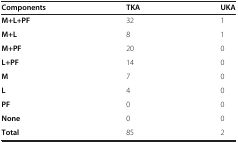
| Components | TKA | UKA |
 | --- | --- | --- |
 | M+L+PF | 32 | 1 |
 | M+L | 8 | 1 |
 | M+PF | 20 | 0 |
 | L+PF | 14 | 0 |
 | M | 7 | 0 |
 | L | 4 | 0 |
 | PF | 0 | 0 |
 | None | 0 | 0 |
 | Total | 85 | 2 |